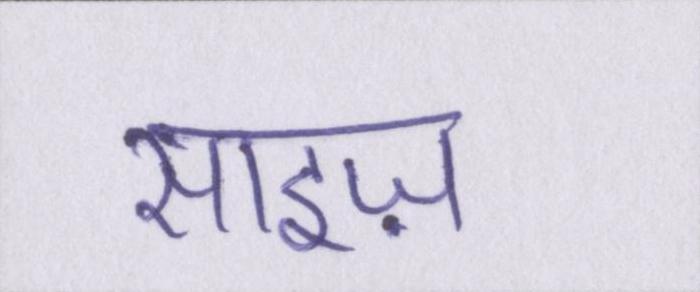
साइज़